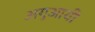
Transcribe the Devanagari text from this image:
अगुआयी